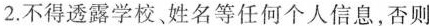
2.不得透露学校、姓名等任何个人信息，否则